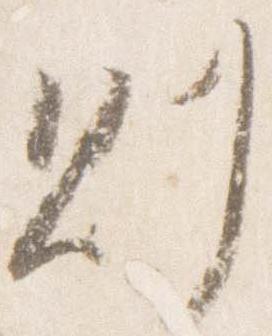
則